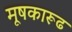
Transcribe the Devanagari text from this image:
मूषकारूढ